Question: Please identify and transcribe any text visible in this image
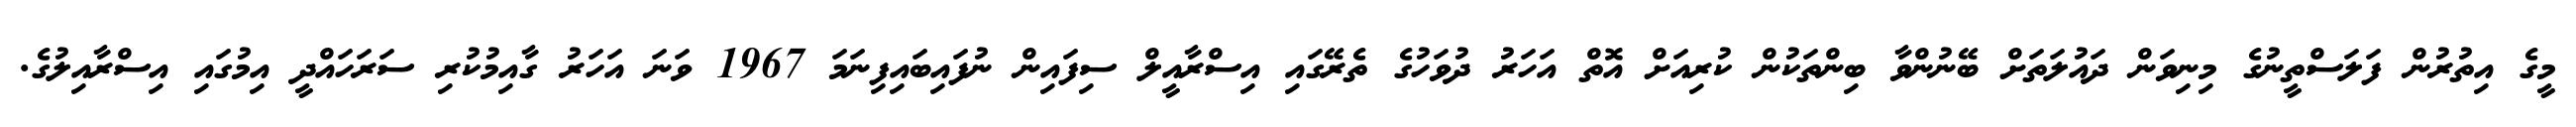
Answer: މީގެ އިތުރުން ފަލަސްތީނުގެ މިނިވަން ދައުލަތަށް ބޭނުންވާ ބިންތަކުން ކުރިއަށް އޮތް އަހަރު ދުވަހުގެ ތެރޭގައި އިސްރާއީލް ސިފައިން ނުފައިބައިފިނަމަ 1967 ވަނަ އަހަރު ގާއިމުކުރި ސަރަހައްދީ އިމުގައި އިސްރާއިލުގެ.